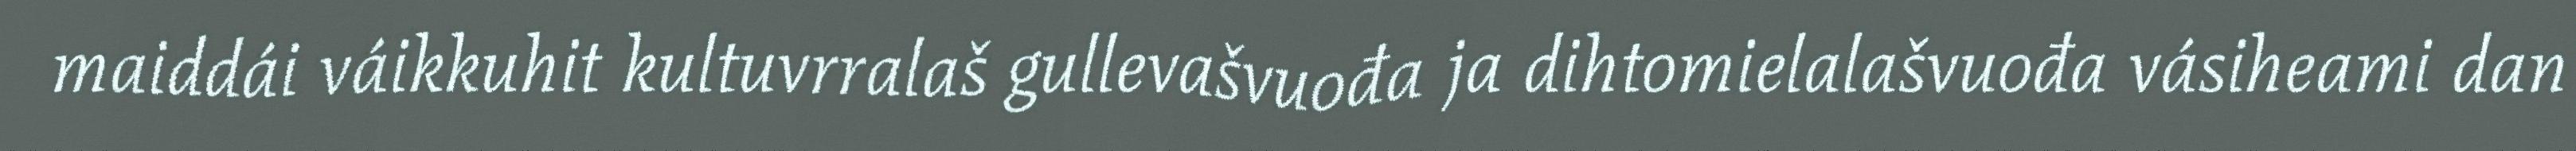
maiddái váikkuhit kultuvrralaš gullevašvuođa ja dihtomielalašvuođa vásiheami dan